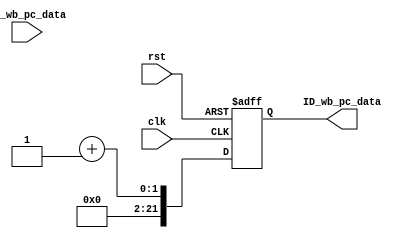
module IF_ID_pipeline(
		input clk,
		input rst,
		input [21:0] IF_wb_pc_data,
		output reg [21:0] ID_wb_pc_data);
	
	always @ (posedge clk, posedge rst)
		if(rst)
			ID_wb_pc_data <= 0;
		else
			ID_wb_pc_data <= pc + 1;
		
endmodule